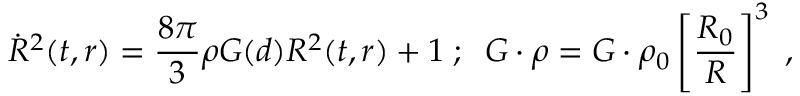
{ \dot { R } } ^ { 2 } ( t , r ) = { \frac { 8 \pi } { 3 } } \rho G ( d ) R ^ { 2 } ( t , r ) + 1 \; ; \; \; G \cdot \rho = G \cdot \rho _ { 0 } \left[ { \frac { R _ { 0 } } { R } } \right] ^ { 3 } \; ,